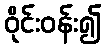
ဝိုင်းဝန်း၍